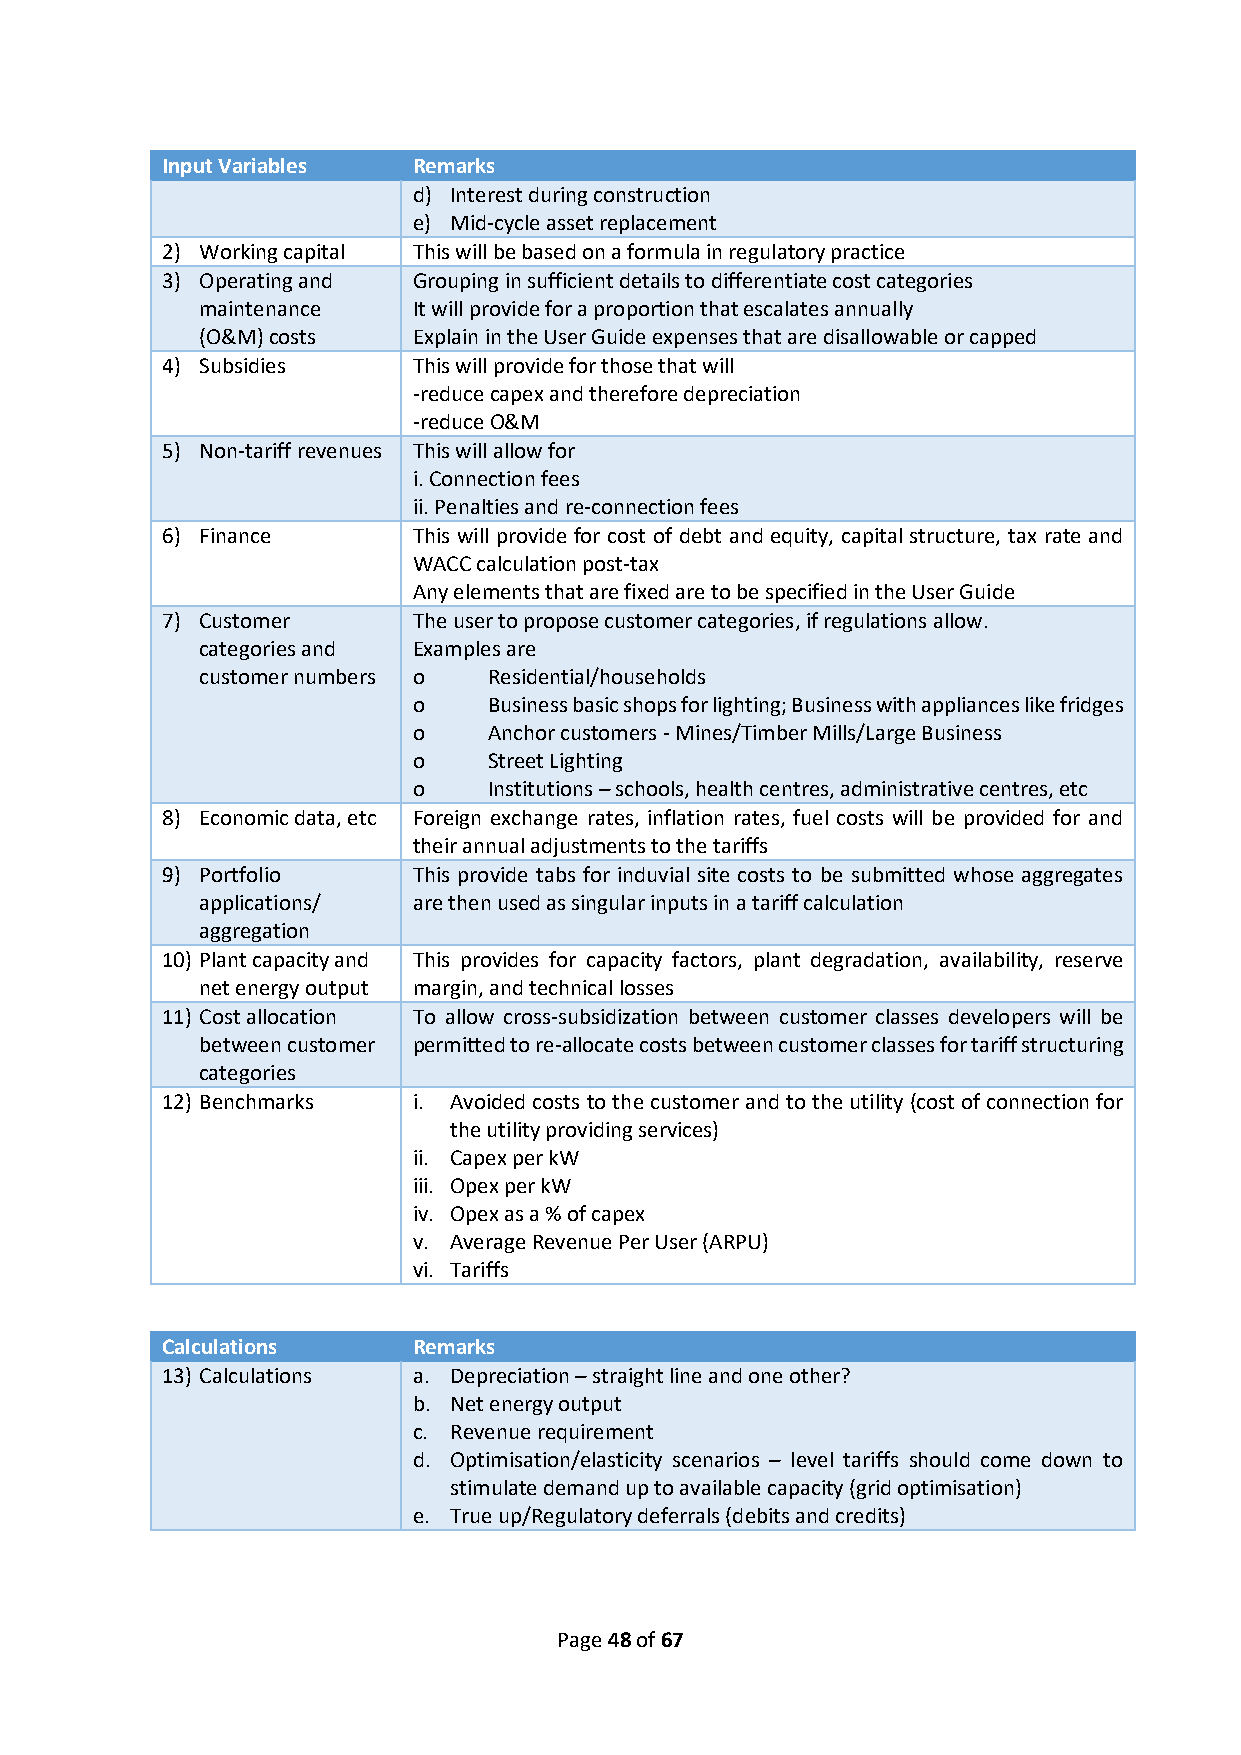
Input Variables Remarks
 d) Interest during construction
 e) Mid-cycle asset replacement
 2) Working capital This will be based on a formula in regulatory practice
 3) Operating and Grouping in sufficient details to differentiate cost categories
 maintenance   It will provide for a proportion that escalates annually
 (O&M) costs   Explain in the User Guide expenses that are disallowable or capped
 4) Subsidies    This will provide for those that will
 -reduce capex and therefore depreciation
 -reduce O&M
 5) Non-tariff revenues This will allow for
 i. Connection fees
 ii. Penalties and re-connection fees
 6) Finance      This will provide for cost of debt and equity, capital structure, tax rate and
 WACC calculation post-tax
 Any elements that are fixed are to be specified in the User Guide
 7) Customer     The user to propose customer categories, if regulations allow.
 categories and Examples are
 customer numbers o Residential/households
 o    Business basic shops for lighting; Business with appliances like fridges
 o    Anchor customers - Mines/Timber Mills/Large Business
 o    Street Lighting
 o    Institutions – schools, health centres, administrative centres, etc
 8) Economic data, etc Foreign exchange rates, inflation rates, fuel costs will be provided for and
 their annual adjustments to the tariffs
 9) Portfolio    This provide tabs for induvial site costs to be submitted whose aggregates
 applications/ are then used as singular inputs in a tariff calculation
 aggregation
 10) Plant capacity and This provides for capacity factors, plant degradation, availability, reserve
 net energy output margin, and technical losses
 11) Cost allocation To allow cross-subsidization between customer classes developers will be
 between customer permitted to re-allocate costs between customer classes for tariff structuring
 categories
 12) Benchmarks  i. Avoided costs to the customer and to the utility (cost of connection for
 the utility providing services)
 ii. Capex per kW
 iii. Opex per kW
 iv. Opex as a % of capex
 v. Average Revenue Per User (ARPU)
 vi. Tariffs
 Calculations    Remarks
 13) Calculations a. Depreciation – straight line and one other?
 b. Net energy output
 c. Revenue requirement
 d. Optimisation/elasticity scenarios – level tariffs should come down to
 stimulate demand up to available capacity (grid optimisation)
 e. True up/Regulatory deferrals (debits and credits)
 Page 48 of 67